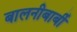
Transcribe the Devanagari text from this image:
बालनीबार्बी